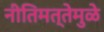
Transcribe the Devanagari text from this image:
नीतिमत्तेमुळे